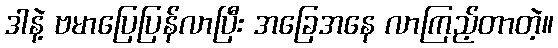
ဒါနဲ့ ဗမာပြေပြန်လာပြီး အခြေအနေ လာကြည့်တာတဲ့။